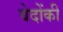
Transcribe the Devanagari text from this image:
वेदोंकी